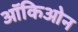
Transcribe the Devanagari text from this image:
ऑकिओन